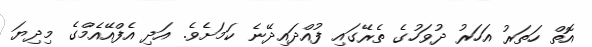
އޮތް ހަތަރު އަހަރު ދުވަހުގެ ތެރޭގައި ފުއްދައިދޭނެ ކަމަށެވެ. އަދި އެފްއޭއެމްގެ މިދިޔަ